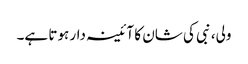
ولی، نبی کی شان کا آئینہ دار ہوتا ہے۔